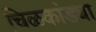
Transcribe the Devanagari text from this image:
चिळकांड्या